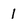
Character: 1